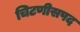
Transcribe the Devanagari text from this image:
चिटणीसपद